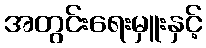
အတွင်းရေးမှူးနှင့်